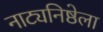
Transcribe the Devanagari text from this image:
नाट्यनिष्ठेला